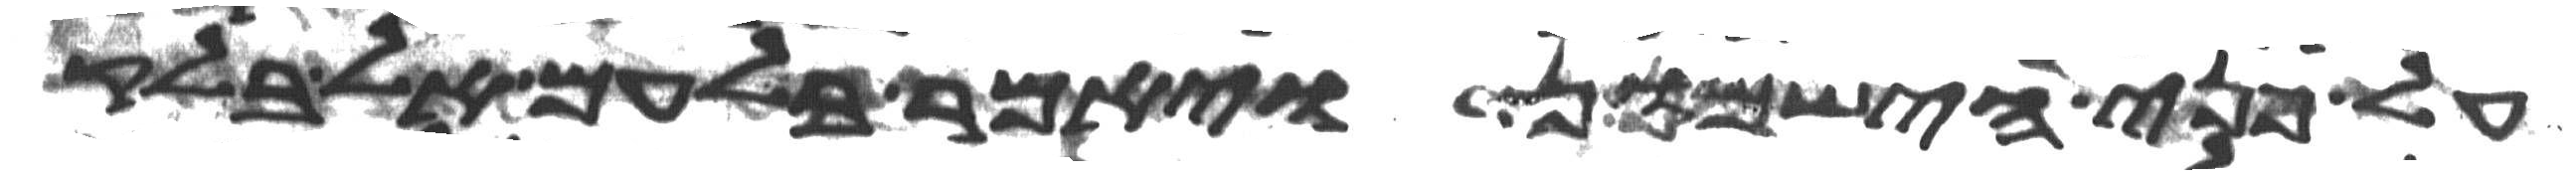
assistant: על פני הישמון ויאמר בלעם אל בלק